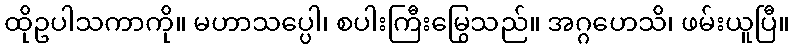
ထိုဥပါသကာကို။ မဟာသပ္ပေါ၊ စပါးကြီးမြွေသည်။ အဂ္ဂဟေသိ၊ ဖမ်းယူပြီ။